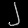
Digit: ၂